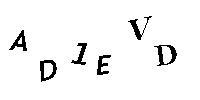
AD1EVD